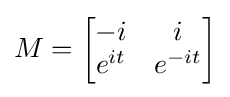
M={\begin{bmatrix}-i&i\\e^{it}&e^{-it}\end{bmatrix}}